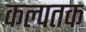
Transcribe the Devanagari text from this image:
कल्पतक